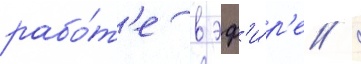
рабо́т'е в эф'и́р'е /